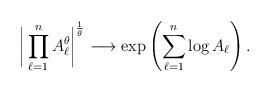
LaTeX: \begin{align*} \bigg|\prod_{\ell=1}^nA_\ell^\theta\bigg|^{\frac{1}{\theta}} \longrightarrow \exp \left( \sum_{\ell=1}^n \log A_\ell \right) .\end{align*}